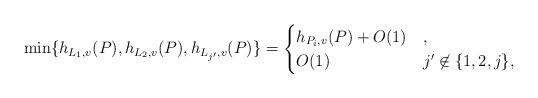
LaTeX: \begin{align*}\min \{h_{L_1,v}(P),h_{L_2,v}(P), h_{L_{j'},v}(P)\}=\begin{cases}h_{P_i,v}(P)+O(1) & ,\\O(1) & j'\not\in\{1,2,j\},\end{cases}\end{align*}